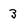
Character: 3